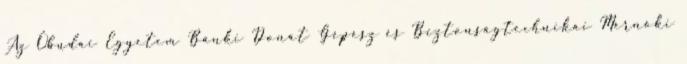
Az Óbudai Egyetem Bánki Donát Gépész és Biztonságtechnikai Mérnöki